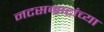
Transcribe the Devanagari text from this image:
नटसम्राटांच्या